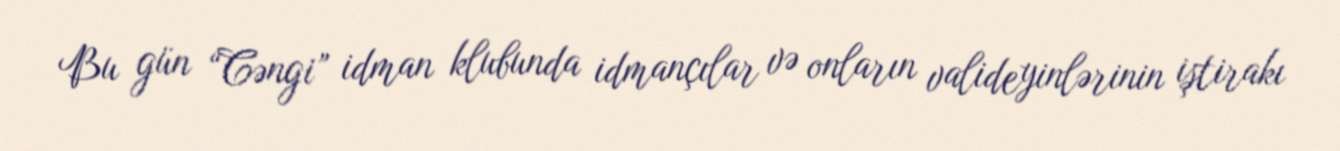
Bu gün “Cəngi” idman klubunda idmançılar və onların valideyinlərinin iştirakı